Leaving Certificate Examination, 1912
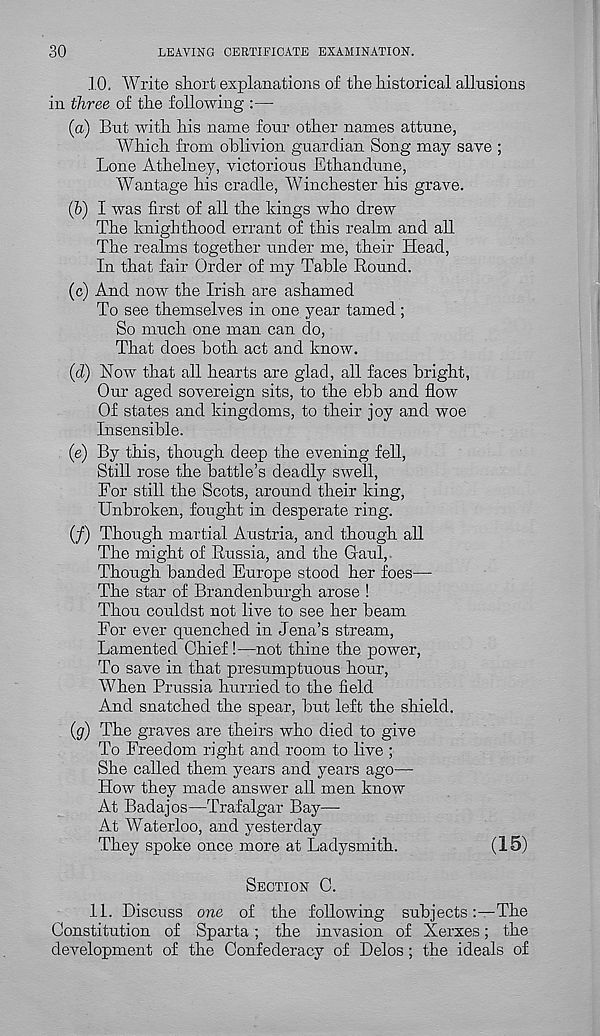
30
LEAVING CERTIFICATE EXAMINATION.
10. Write short explanations of the historical allusions
in three of the following :—
(а) But with his name four other names attune,
Which from oblivion guardian Song may save ;
Lone Athelney, victorious Ethandune,
Wantage his cradle, Winchester his grave.
(б) I was first of all the kings who drew
The knighthood errant of this realm and all
The realms together under me, their Head,
In that fair Order of my Table Round.
(c) And now the Irish are ashamed
To see themselves in one year tamed ;
So much one man can do,
That does both act and know.
(d) Now that all hearts are glad, all faces bright,
Our aged sovereign sits, to the ebb and flow
Of states and kingdoms, to their joy and woe
Insensible.
(e) By this, though deep the evening fell,
Still rose the battle’s deadly swell,
For still the Scots, around their king,
Unbroken, fought in desperate ring.
(/) Though martial Austria, and though all
The might of Russia, and the Gaul,
Though banded Europe stood her foes—
The star of Brandenburgh arose !
Thou couldst not live to see her beam
For ever quenched in Jena’s stream,
Lamented Chief !—not thine the power,
To save in that presumptuous hour,
When Prussia hurried to the field
And snatched the spear, but left the shield.
(g) The graves are theirs who died to give
To Freedom right and room to live ;
She called them years and years ago—
How they made answer all men know
At Badajos—Trafalgar Bay—
At Waterloo, and yesterday
They spoke once more at Ladysmith.
(15)
Section C.
11. Discuss one of the following subjectsThe
Constitution of Sparta; the invasion of Xerxes; the
development of the Confederacy of Delos; the ideals of